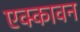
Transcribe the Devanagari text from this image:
एक्कावन